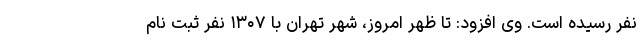
نفر رسیده است. وی افزود: تا ظهر امروز، شهر تهران با ۱۳۰۷ نفر ثبت نام